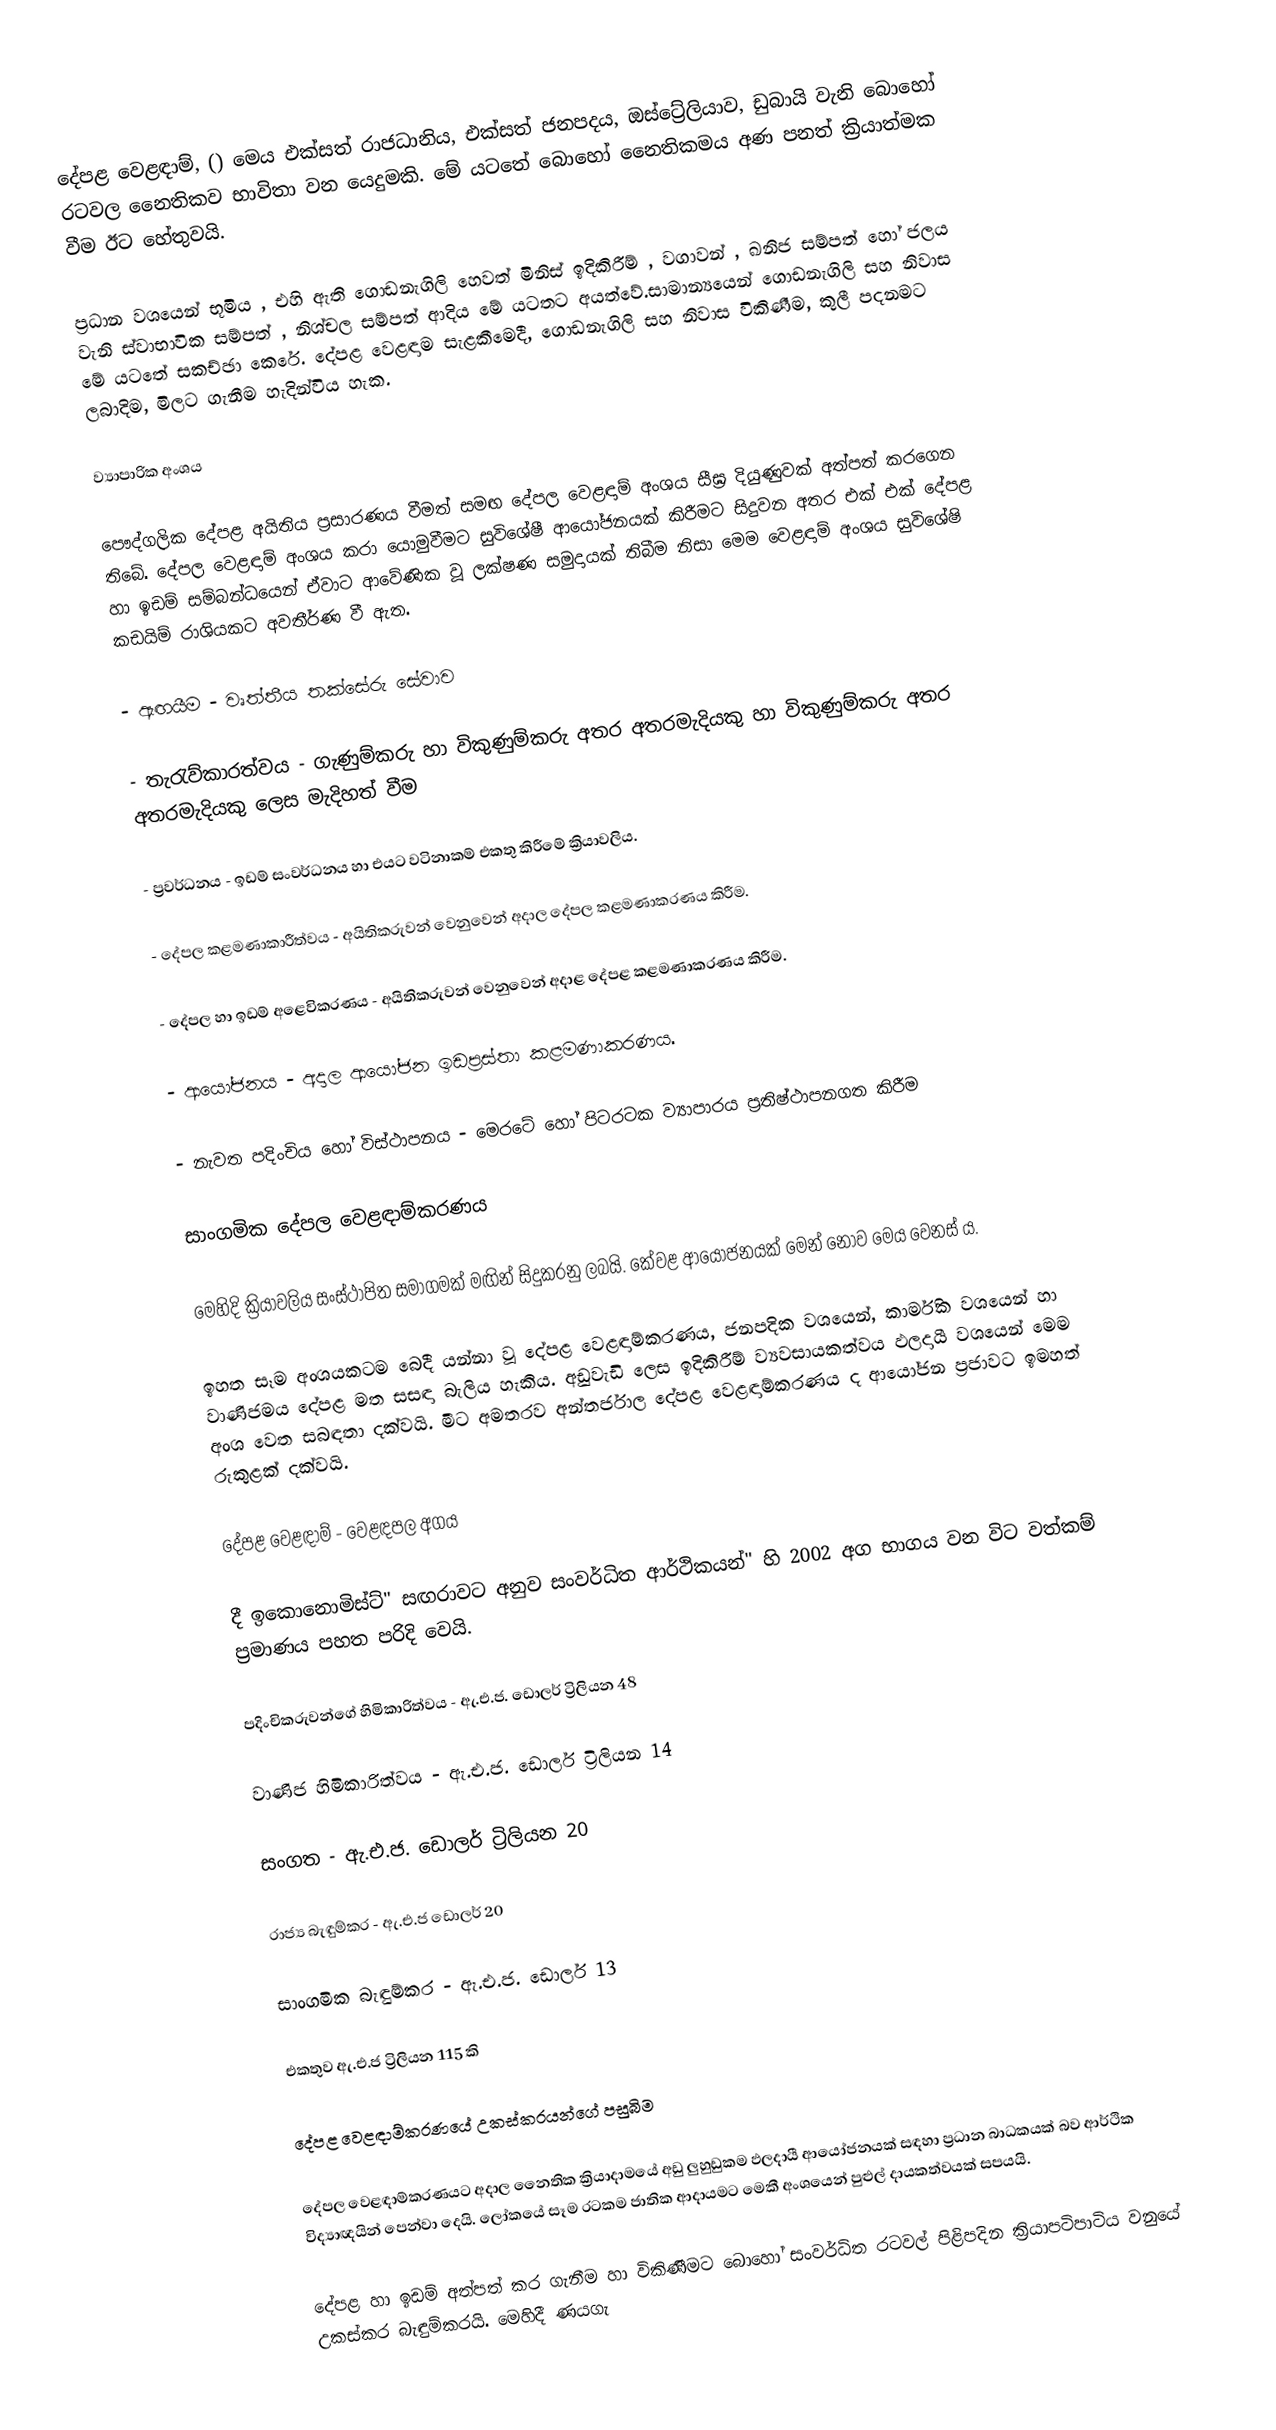
දේපළ වෙළඳාම්, () මෙය එක්සත් රාජධානිය, එක්සත් ජනපදය, ඔස්ට්‍රේලියාව, ඩුබායි වැනි බොහෝ රටවල නෛතිකව භාවිතා වන යෙදුමකි. මේ යටතේ බොහෝ නෛතිකමය අණ පනත් ක්‍රියාත්මක වීම ඊට හේතුවයි.

ප්‍රධාන වශයෙන් භූමිය , එහි ඇති ගොඩනැගිලි හෙවත් මිනිස් ඉදිකිරීම් , වගාවන් , ඛනිජ සම්පත් හෝ ජලය වැනි ස්වාභාවික සම්පත් , නිශ්චල සම්පත් ආදිය මේ යටතට අයත්වේ.සාමාන්‍යයෙන් ගොඩනැගිලි සහ නිවාස මේ යටතේ සකච්ඡා කෙරේ. දේපළ වෙළඳාම සැළකීමෙදී, ගොඩනැගිලි සහ නිවාස විකිණීම, කුලී පදනමට ලබාදිම, මිලට ගැනීම හැදින්විය හැක.

ව්‍යාපාරික අංශය

පෞද්ගලික දේපළ අයිතිය ප්‍රසාරණය වීමත් සමඟ දේපල වෙළඳාම් අංශය සීඝ්‍ර දියුණුවක් අත්පත් කරගෙන තිබේ. දේපල වෙළඳාම් අංශය කරා යොමුවීමට සුවිශේෂී  ආයෝජනයක් කිරීමට  සිදුවන අතර එක් එක් දේපළ හා ඉඩම් සම්බන්ධයෙන්  ඒවාට ආවේණික වූ ලක්ෂණ සමුදායක් තිබීම නිසා මෙම වෙළඳාම් අංශය සුවිශේෂි කඩයිම් රාශියකට අවතීර්ණ වී ඇත.

-	ඇඟයීම 	-	වෘත්තීය තක්සේරු සේවාව

-	තැරැව්කාරත්වය - ගැණුම්කරු හා විකුණුම්කරු අතර අතරමැදියකු හා විකුණුම්කරු අතර අතරමැදියකු ලෙස මැදිහත් වීම

-	ප්‍රවර්ධනය 	- ඉඩම් සංවර්ධනය හා එයට වටිනාකම් එකතු කිරීමේ ක්‍රියාවලිය.

-	දේපල කළමණාකාරීත්වය - අයිතිකරුවන් වෙනුවෙන් අදාල ‍දේපල කළමණාකරණය කිරීම.

-	දේපල හා ඉඩම් අළෙවිකරණය - අයිතිකරුවන් වෙනුවෙන් අදාළ දේපළ කළමණාකරණය කිරීම.

-	ආයෝජනය - අදාල ආයෝජන ඉඩප්‍රස්තා කළමණාකරණය.

-	නැවත පදිංචිය හෝ විස්ථාපනය - මෙරටේ හෝ පිටරටක ව්‍යාපාරය ප්‍රතිෂ්ථාපනගත කිරීම

සාංගමික දේපල වෙළඳාම්කරණය

මෙහිදි  ක්‍රියාවලිය සංස්ථාපිත සමාගමක් මඟින් සිදුකරනු ලබයි. කේවළ ආයෝජනයක් මෙන් නොව මෙය වෙනස් ය.

ඉහත සෑම අංශයකටම බෙදී යන්නා වූ දේපළ වෙළඳාම්කරණය, ජනපදික වශයෙන්, කාර්මික වශයෙන් හා වාණිජමය දේපළ මත සසඳා බැලිය හැකිය. අඩුවැඩි ලෙස ඉදිකිරීම්  ව්‍යවසායකත්වය ඵලදායී වශයෙන් මෙම අංශ වෙත සබඳතා දක්වයි. මීට අමතරව අන්තර්ජාල දේපළ වෙළඳාම්කරණය ද ආයෝජන ප්‍රජාවට ඉමහත් රුකුළක් දක්වයි.

දේපළ වෙළඳාම් - වෙළඳපල අගය

දී ඉකොනොමිස්ට්" සඟරාවට අනුව සංවර්ධිත ආර්ථිකයන්" හි 2002  අග භාගය වන විට වත්කම් ප්‍රමාණය පහත පරිදි වෙයි.

	පදිංචිකරුවන්ගේ හිමිකාරිත්වය - ඇ.එ.ජ. ඩොලර් ට්‍රිලියන 48

	වාණිජ හිමිකාරිත්වය - ඇ.එ.ජ. ඩොලර් ට්‍රිලියන 14

	සංගත - ඇ.එ.ජ. ඩොලර්  ට්‍රිලියන 20

	රාජ්‍ය බැඳුම්කර - ඇ.එ.ජ ඩොලර් 20

	සාංගමික බැඳුම්කර - ඇ.එ.ජ. ඩොලර් 13

එකතුව 	ඇ.එ.ජ ට්‍රිලියන 115 කි

දේපළ වෙළඳාම්කරණයේ උකස්කරයන්ගේ පසුබිම

දේපල වෙළඳාම්කරණයට අදාල නෛතික ක්‍රියාදාමයේ අඩු ලුහුඩුකම ඵලදායී ආයෝජනයක් සඳහා ප්‍රධාන බාධකයක් බව ආර්ථික විද්‍යාඥයින් පෙන්වා දෙයි. ලෝකයේ සෑම රටකම ජාතික ආදායමට මෙකී අංශයෙන් පුළුල් දායකත්වයක් සපයයි.

දේපළ හා ඉඩම් අත්පත් කර ගැනීම හා විකිණීමට බොහෝ සංවර්ධිත රටවල් පිළිපදින ක්‍රියාපටිපාටිය වනුයේ උකස්කර බැඳුම්කරයි. මෙහිදී ණයගැ